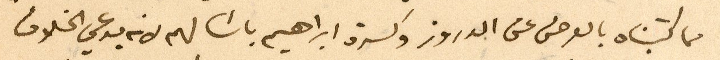
مما كتبناه بالعرض عن الدروز وكسرة ابراهيم باشا لهم لانه يدعي الخلاف